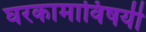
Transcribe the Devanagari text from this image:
घरकामाविषयी